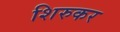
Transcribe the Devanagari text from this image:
शिरुकर